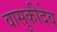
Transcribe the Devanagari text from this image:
वासुकीदेव